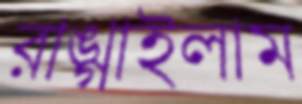
রাঙ্গাইলাম